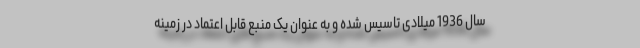
سال 1936 میلادی تاسیس شده و به عنوان یک منبع قابل اعتماد در زمینه